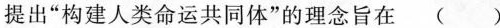
提出“构建人类命运共同体”的理念旨在（ ）